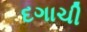
દગાચી